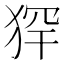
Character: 𤞶